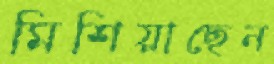
মিশিয়াছেন